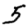
Digit: 5